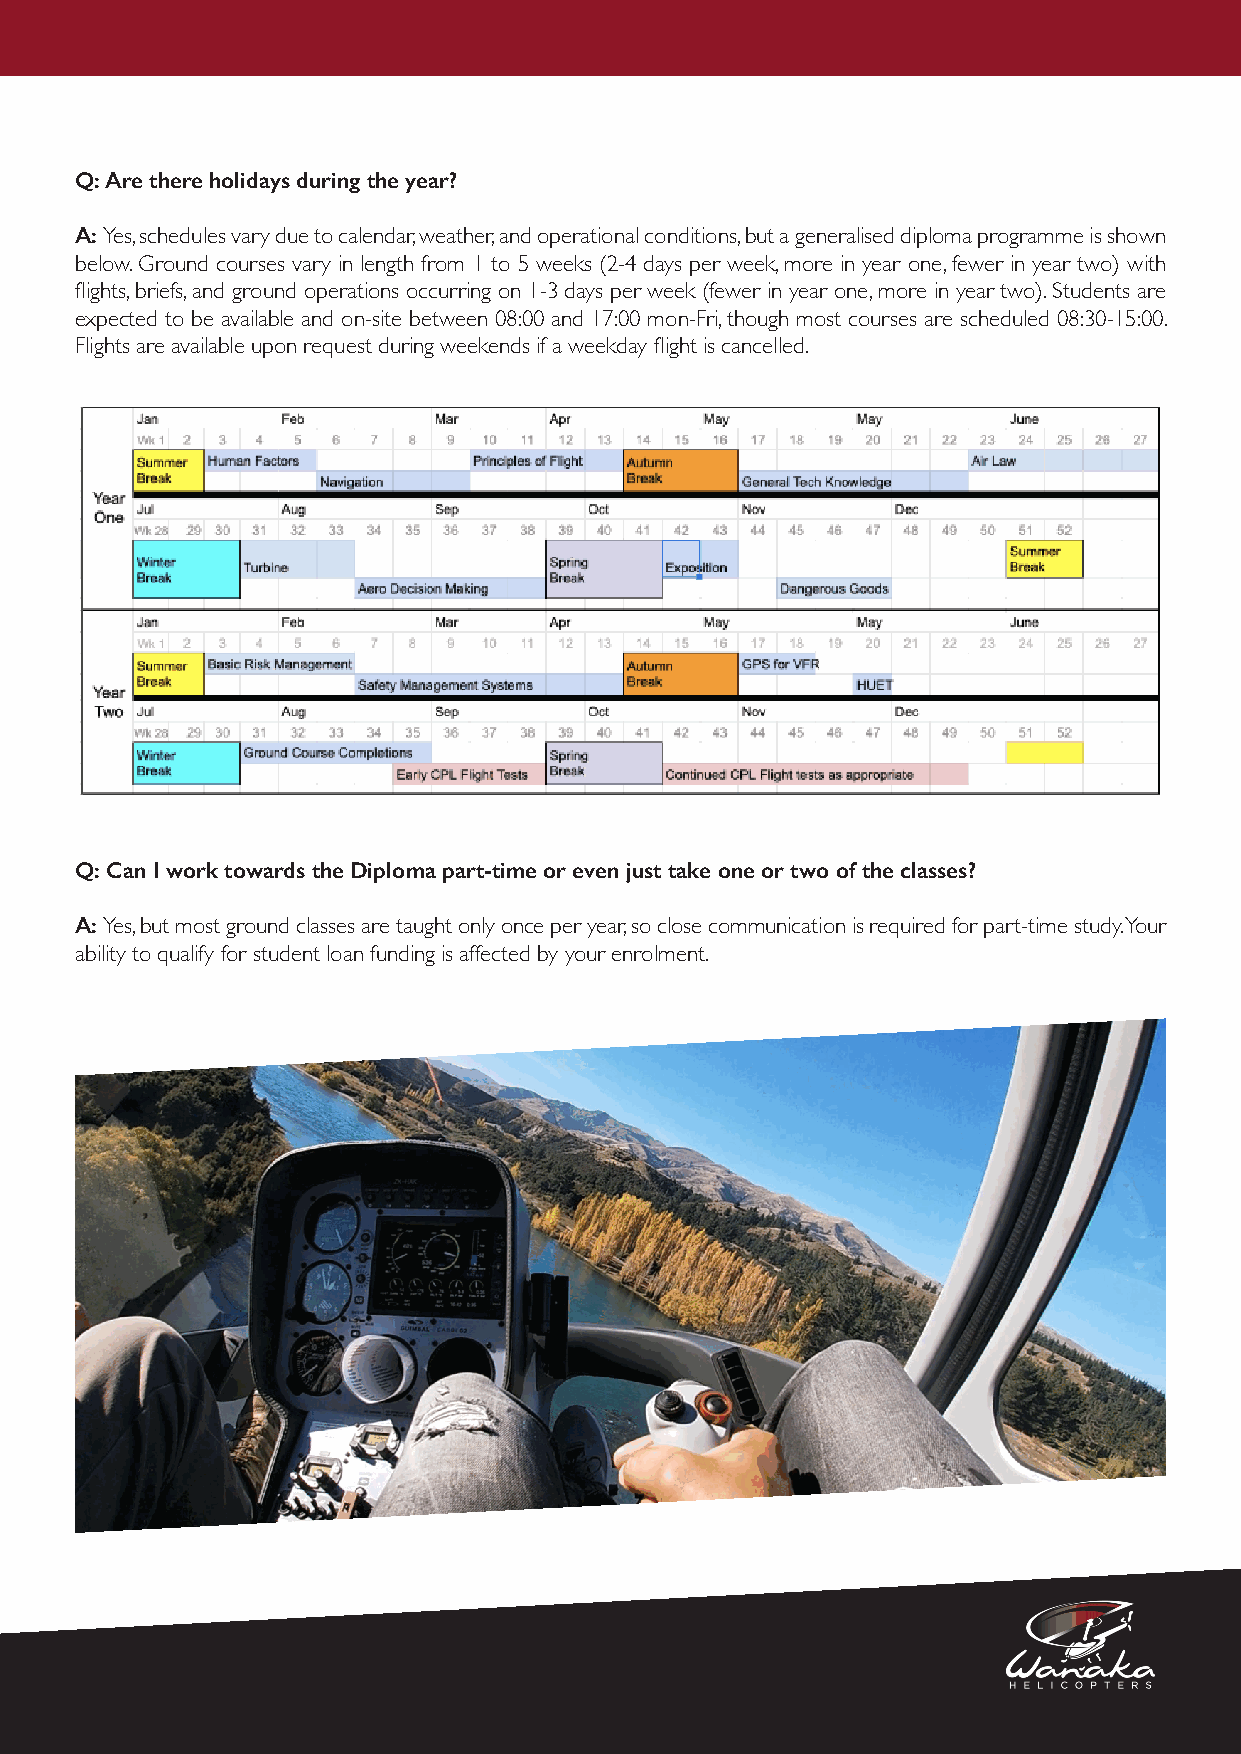
Q: Are there holidays during the year?
 A: Yes, schedules vary due to calendar, weather, and operational conditions, but a generalised diploma programme is shown
 below. Ground courses vary in length from 1 to 5 weeks (2-4 days per week, more in year one, fewer in year two) with
 flights, briefs, and ground operations occurring on 1-3 days per week (fewer in year one, more in year two). Students are
 expected to be available and on-site between 08:00 and 17:00 mon-Fri, though most courses are scheduled 08:30-15:00.
 Flights are available upon request during weekends if a weekday flight is cancelled.
 Q: Can I work towards the Diploma part-time or even just take one or two of the classes?
 A: Yes, but most ground classes are taught only once per year, so close communication is required for part-time study. Your
 ability to qualify for student loan funding is affected by your enrolment.